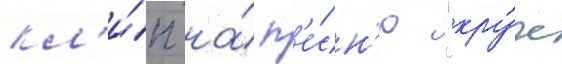
кл'и́п на́ п'е́сн'ю "кру́че